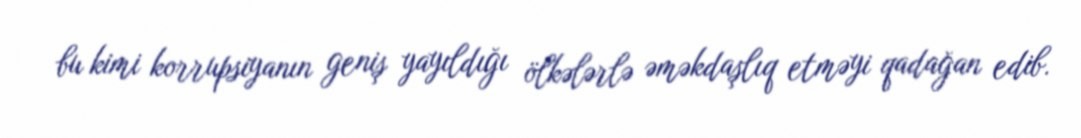
bu kimi korrupsiyanın geniş yayıldığı ölkələrlə əməkdaşlıq etməyi qadağan edib.